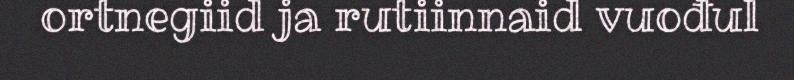
ortnegiid ja rutiinnaid vuođul